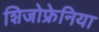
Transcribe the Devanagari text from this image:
शिजोफ्रेनिया